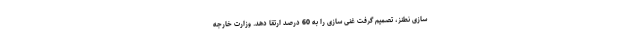
سازی نطنز، تصمیم گرفت غنی سازی را به 60 درصد ارتقا دهد. وزارت خارجه